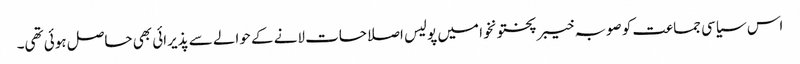
اس سیاسی جماعت کو صوبہ خیبر پختونخوا میں پولیس اصلاحات لانے کے حوالے سے پذیرائی بھی حاصل ہوئی تھی۔